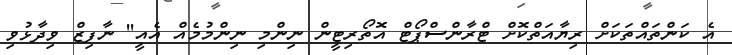
އެ ކަންތައްތަކަށް ރިޔާއަތްކޮށް ޓްރާންސްޕޯޓް އޮތޯރިޓީން ނިންމި ނިންމުމެއް އެއީ'' ނާފިޒް ވިދާޅުވި